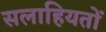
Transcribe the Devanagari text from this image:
सलाहियतों